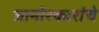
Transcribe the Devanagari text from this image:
जानोरकारांचे